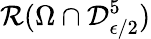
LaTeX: \mathcal{R}(\Omega\cap\mathcal{D}_{\epsilon/2}^{5})